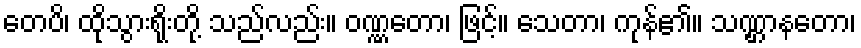
တေပိ၊ ထိုသွားရိုးတို့ သည်လည်း။ ဝဏ္ဏတော၊ ဖြင့်။ သေတာ၊ ကုန်၏။ သဏ္ဌာနတော၊